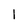
Character: 1